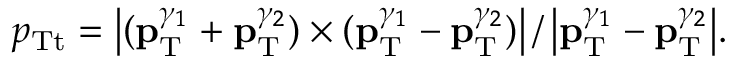
p _ { \mathrm { T t } } = { \left| ( { { \bf p } _ { \mathrm { T } } ^ { \gamma _ { 1 } } } + { { \bf p } _ { \mathrm { T } } ^ { \gamma _ { 2 } } } ) \times ( { { \bf p } _ { \mathrm { T } } ^ { \gamma _ { 1 } } } - { { \bf p } _ { \mathrm { T } } ^ { \gamma _ { 2 } } } ) \right| / \left| { { \bf p } _ { \mathrm { T } } ^ { \gamma _ { 1 } } } - { { \bf p } _ { \mathrm { T } } ^ { \gamma _ { 2 } } } \right| } .